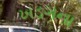
ખડગના